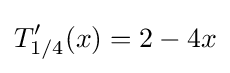
T_{1/4}'(x)=2-4x